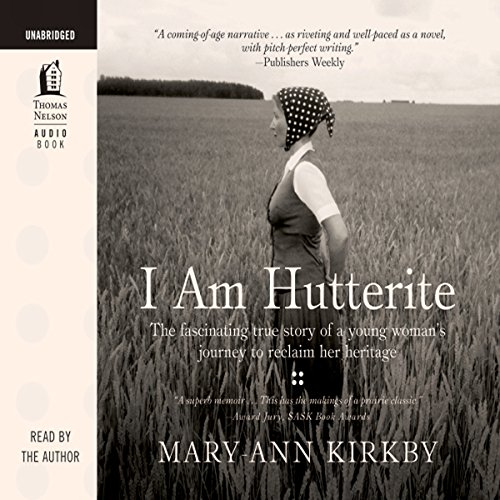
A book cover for I Am Hutterite; Mary-Ann Kirkby; Christian Books & Bibles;